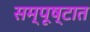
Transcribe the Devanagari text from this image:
सम्पूष्टात